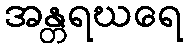
အန္တရဃရေ